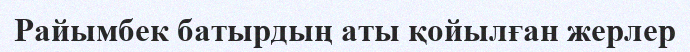
Райымбек батырдың аты қойылған жерлер